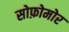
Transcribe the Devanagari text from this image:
सोफ़ोमोर